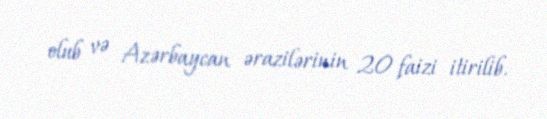
olub və Azərbaycan ərazilərinin 20 faizi itirilib.